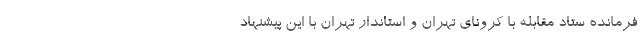
فرمانده ستاد مقابله با کرونای تهران و استاندار تهران با این پیشنهاد